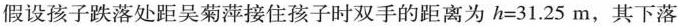
假设孩子跌落处距吴菊萍接住孩子时双手的距离为h=31.25m，其下落